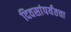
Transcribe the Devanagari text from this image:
दिवसांपर्यंतचा